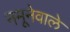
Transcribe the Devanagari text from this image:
नमूनेवाले